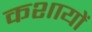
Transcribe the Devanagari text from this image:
कशायों